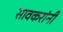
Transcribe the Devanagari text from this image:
सावकरांनी